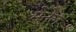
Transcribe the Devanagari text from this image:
मेनेल